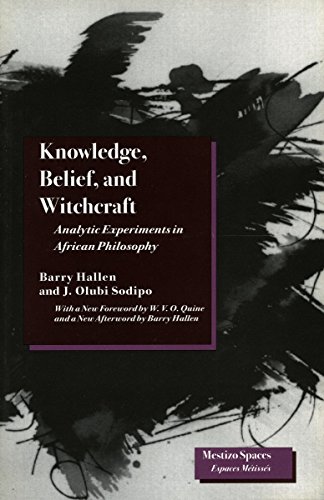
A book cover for Knowledge, Belief, and Witchcraft: Analytic Experiments in African Philosophy (Mestizo Spaces / Espaces Metisses); Barry Hallen; History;